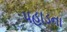
પહાડના